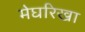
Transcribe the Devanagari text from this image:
मेघरिखा